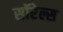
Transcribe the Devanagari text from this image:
सॉरेल्स